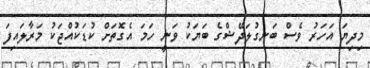
މިދިޔަ އަހަރު ވެސް ބަނގުލަދޭޝްގެ ބަޔަކު ވަނީ ހަމަ އެގޮތަށް ކުޑަކުއްޖަކު މަރާލައިފަ